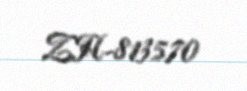
ZH-813570